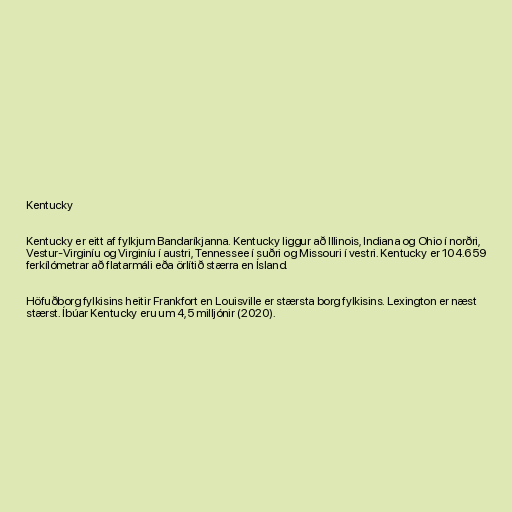
Kentucky

Kentucky er eitt af fylkjum Bandaríkjanna. Kentucky liggur að Illinois, Indiana og Ohio í norðri,
Vestur-Virginíu og Virginíu í austri, Tennessee í suðri og Missouri í vestri. Kentucky er 104.659
ferkílómetrar að flatarmáli eða örlítið stærra en Ísland.

Höfuðborg fylkisins heitir Frankfort en Louisville er stærsta borg fylkisins. Lexington er næst
stærst. Íbúar Kentucky eru um 4,5 milljónir (2020).